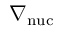
\nabla _ { \mathrm { n u c } }